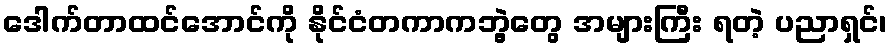
ဒေါက်တာထင်အောင်ကို နိုင်ငံတကာကဘွဲ့တွေ အများကြီး ရတဲ့ ပညာရှင်၊